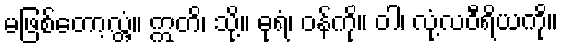
မဖြစ်တော့လ္တံ့။ ဣတိ၊ သို့။ ဓုရံ၊ ဝန်ကို။ ဝါ၊ လုံ့လဝီရိယကို။